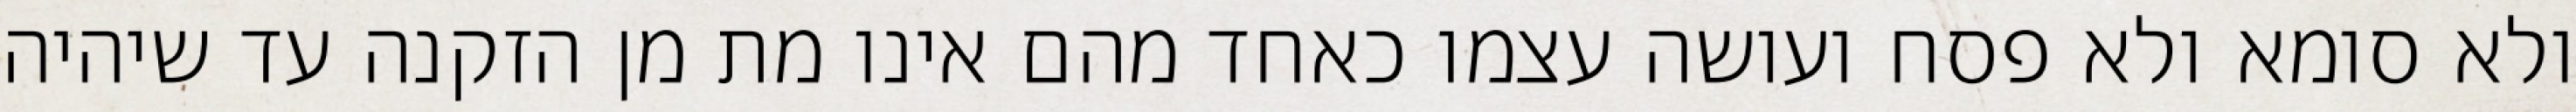
ולא סומא ולא פסח ועושה עצמו כאחד מהם אינו מת מן הזקנה עד שיהיה